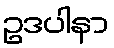
ဥဒပါနာ